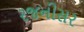
રજનીસર